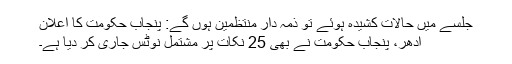
جلسے میں حالات کشیدہ ہوئے تو ذمہ دار منتظمین ہوں گے: پنجاب حکومت کا اعلان
ادھر، پنجاب حکومت نے بھی 25 نکات پر مشتمل نوٹس جاری کر دیا ہے۔